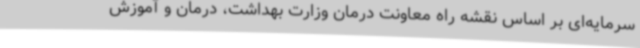
سرمایه‌ای بر اساس نقشه راه معاونت درمان وزارت بهداشت، درمان و آموزش